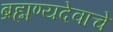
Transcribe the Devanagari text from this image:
ब्रह्मण्यदेवाचे